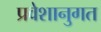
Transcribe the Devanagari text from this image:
प्रवेशानुगत